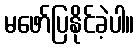
မဖော်ပြနိုင်ခဲ့ပါ။